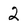
Character: 2